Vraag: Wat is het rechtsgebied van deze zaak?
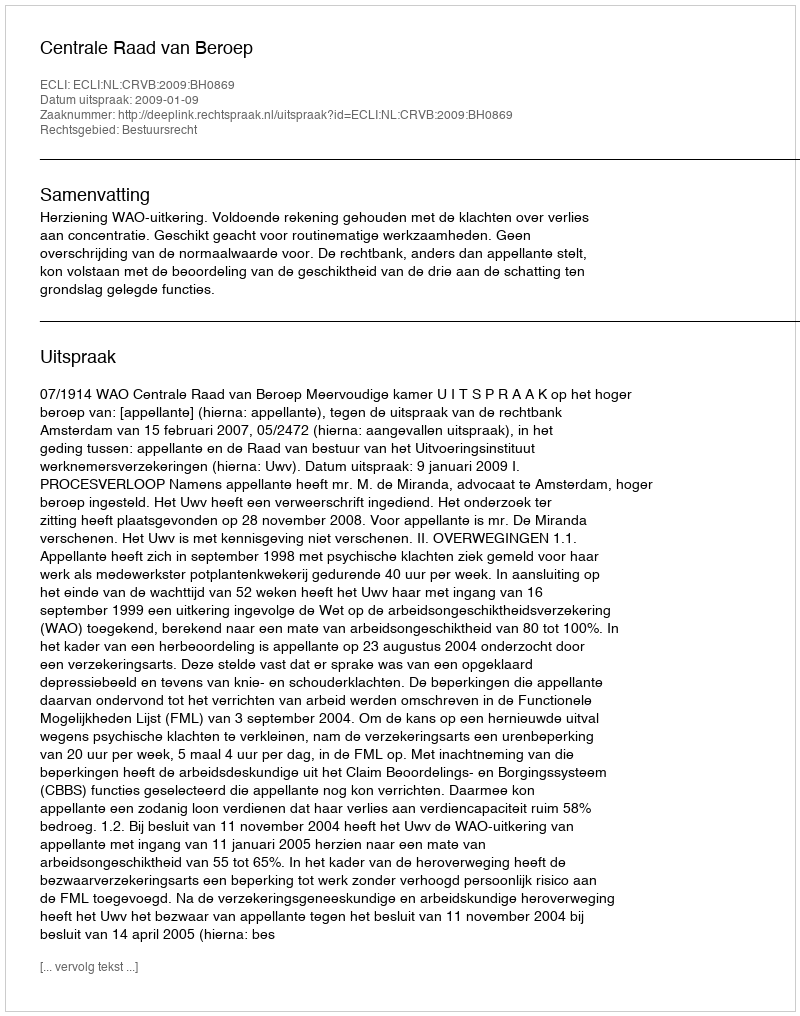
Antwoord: Bestuursrecht